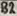
Text: B3